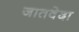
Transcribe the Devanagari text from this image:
जातवेदा